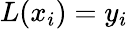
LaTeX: L(x_{i})=y_{i}